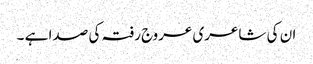
ان کی شاعری عروج رفتہ کی صدا ہے ۔